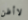
لاأظن